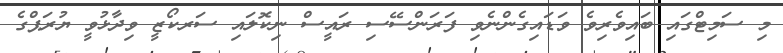
މި ސަމިޓްގައި ބައިވެރިވެ ވަޑައިގެންނެވި ފަރަންސޭސި ރައީސް ނިކޮލައި ސަރކޯޒީ ވިދާޅުވީ ޔުރަޕްގެ